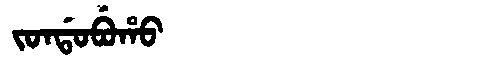
Manchu: ᠵᠣᠨᡩᠣᠪᡠᡥᠣ
Romanization: JONDOBUHO